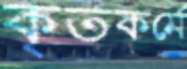
কৃতকর্মে